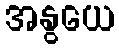
အနွယေ